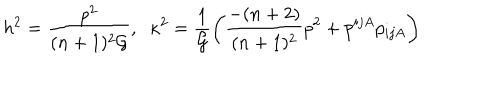
LaTeX: h ^ { 2 } = \frac { p ^ { 2 } } { ( n + 1 ) ^ { 2 } { \cal G } } , \; \; \kappa ^ { 2 } = \frac { 1 } { { \cal G } } \left( \frac { - ( n + 2 ) } { ( n + 1 ) ^ { 2 } } p ^ { 2 } + p ^ { i j A } p _ { i j A } \right)